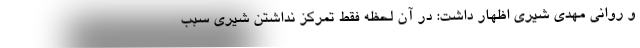
و روانی مهدی شیری اظهار داشت: در آن لحظه فقط تمرکز نداشتن شیری سبب